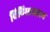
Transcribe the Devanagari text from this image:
विविधाश्चास्य